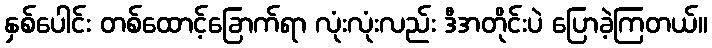
နှစ်ပေါင်း တစ်ထောင့်ခြောက်ရာ လုံးလုံးလည်း ဒီအတိုင်းပဲ ပြောခဲ့ကြတယ်။